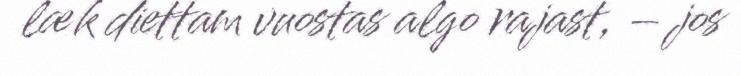
læk diettam vuostas algo rajast, – jos